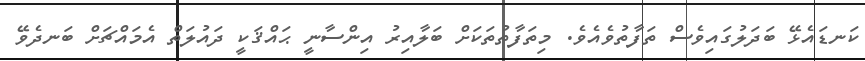
ކަނޑައެޅޭ ބަދަލުގައިވެސް ތަފާތުވެއެވެ. މިތަފާތުތަކަށް ބަލާއިރު އިންސާނީ ޙައްޤަކީ ދައުލަތް އެމައްޗަށް ބަނދެވޭ